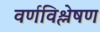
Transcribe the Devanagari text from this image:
वर्णविश्लेषण